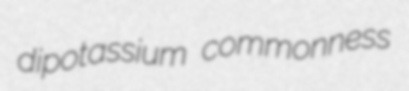
dipotassium commonness